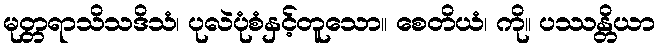
မုတ္တရာသိသဒိသံ၊ ပုလဲပုံစံနှင့်တူသော။ စေတိယံ၊ ကို။ ပဿန္တိယာ